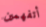
أتفهمين